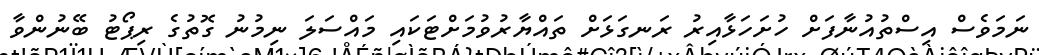
ނަމަވެސް އިސްތުއުނާފަށް ހުށަހަޅާއިރު ރަނގަޅަށް ތައްޔާރުވުމަށްޓަކައި މައްސަލަ ނިމުނު ގޮތުގެ ރިޕޯޓު ބޭނުންވާ